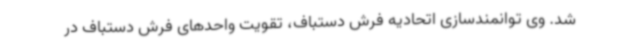
شد. وی توانمندسازی اتحادیه فرش دستباف، تقویت واحدهای فرش دستباف در